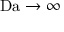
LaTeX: \mathrm { D a } \rightarrow \infty